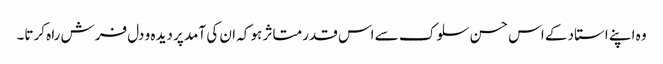
وہ اپنے استاد کے اس حسن سلوک سے اس قدر متاثر ہو کہ ان کی آمد پر دیدہ و دل فرش راہ کرتا۔